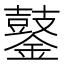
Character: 䥢